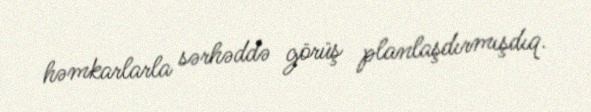
həmkarlarla sərhəddə görüş planlaşdırmışdıq.